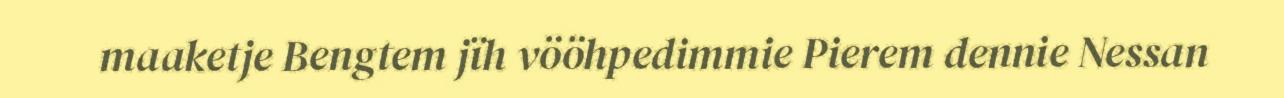
maaketje Bengtem jïh vööhpedimmie Pierem dennie Nessan